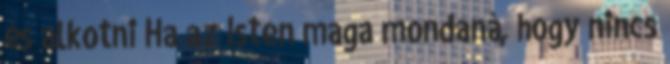
és alkotni Ha az Isten maga mondaná, hogy nincs